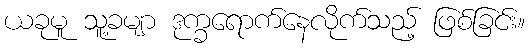
ယခုမူ သူ့ခမျာ ဒုက္ခရောက်နေလိုက်သည့် ဖြစ်ခြင်း။